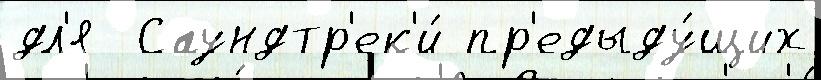
дл'я  Саундтр'ек'и́ пр'едыду́щих